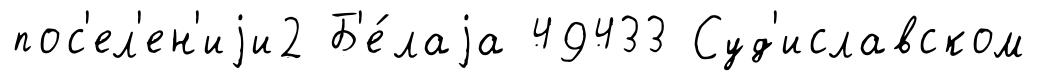
пос'ел'ен'иjи2 Б'е́лаjа 49433 Суд'иславском